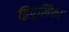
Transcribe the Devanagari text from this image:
द्विपूलिका